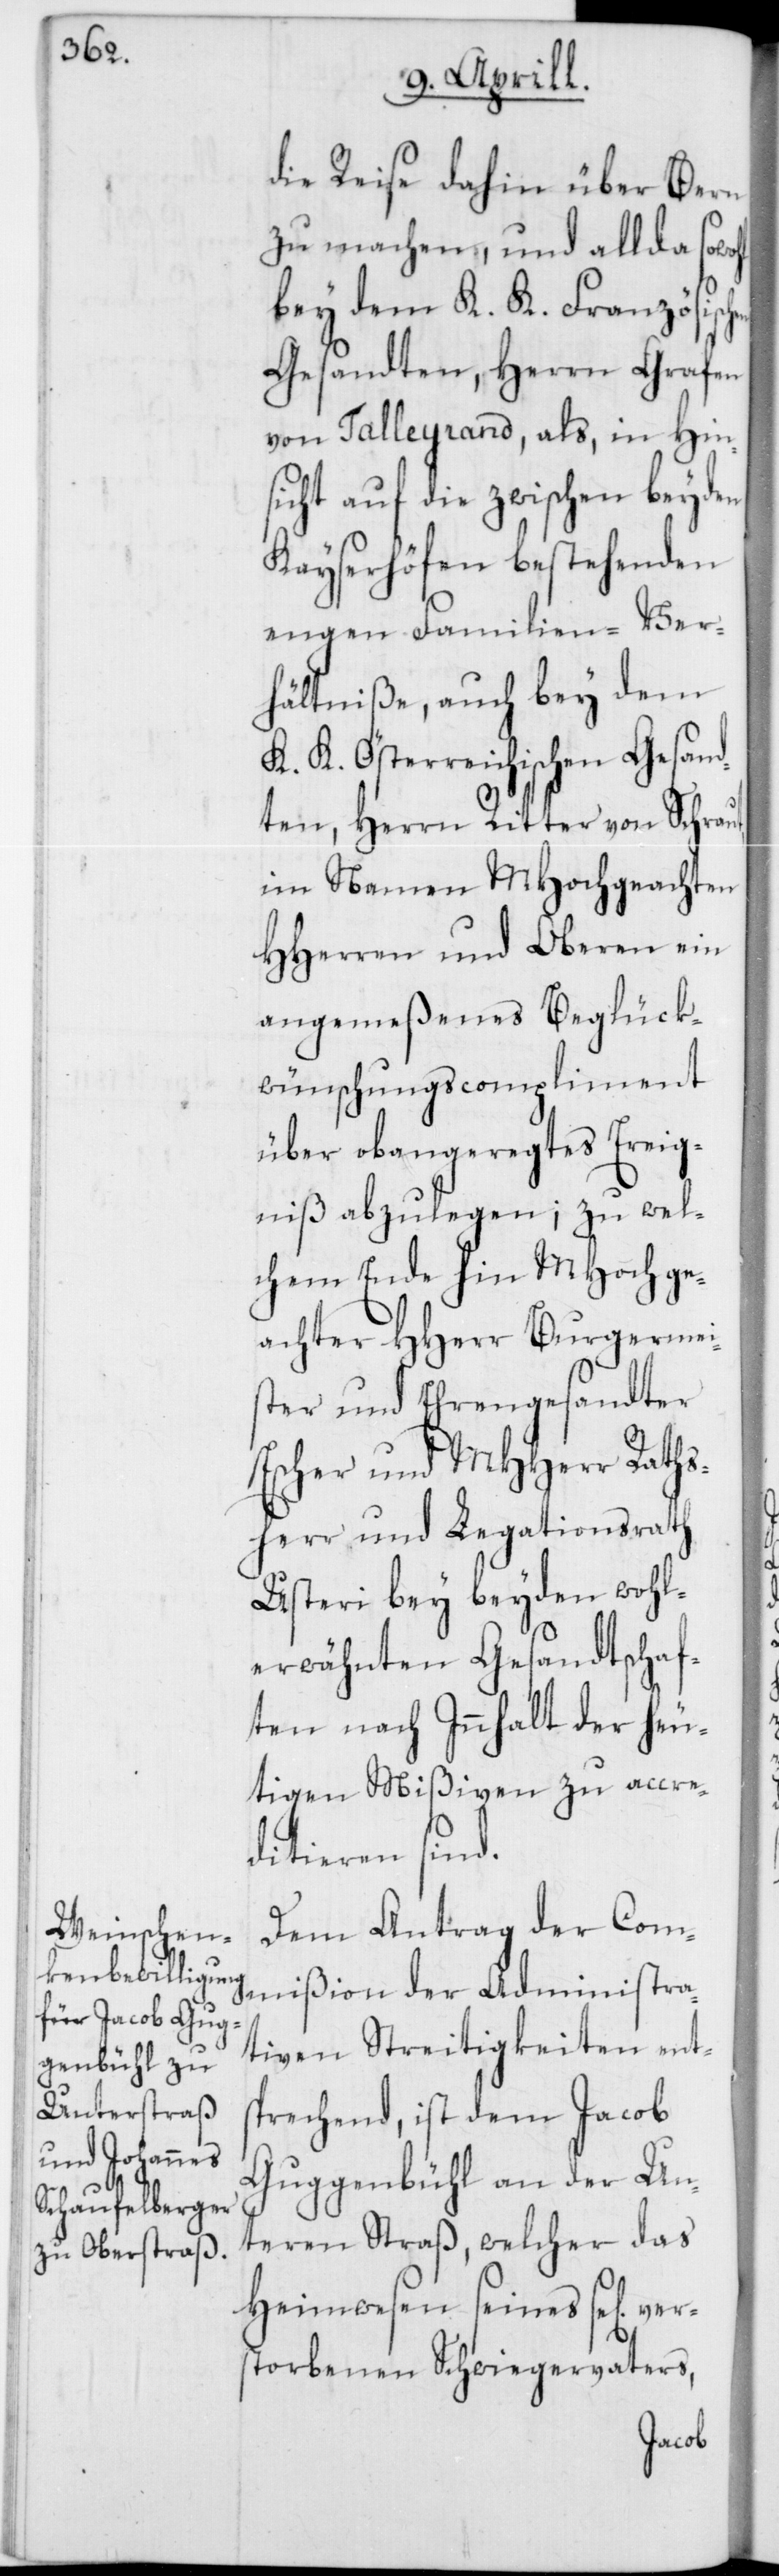
ver¬

die Reise dahin über Bern
zu machen, und allda
bey dem K. K. Französisc¬
Gesandten, Herren Grafen
von Talleyrand, als in Hins¬
icht auf die zwischen beyden
Kayserhöfen bestehenden
engen Familien-Ver¬
hältniße, auch bey dem
K. K. Österreichischen Gesand¬
ten, Herrn Ritter von Schraut,
im Namen MHochgeachten
HHerren und Oberen ein
angemeßenes Beglück¬
wünschungscompliment
über obangeregtes Ereig¬
niß abzulegen; zu wel¬
chem Ende hin MHochge¬
achten HHerr Burgermei¬
ster und Ehrengesandter
Escher und MHHerr Raths¬
herr und Legationsrath
Usteri bey beyden wohl¬
erwähnten Gesandtschaf¬
ten nach Innhalt der heu¬
tigen Mißiven zu accre¬
ditieren sind.
Dem Antrag der Com¬
mißion der Administra¬
tiven Streitigkeiten ents¬
prechend, ist dem Jacob
Guggenbühl an der Un¬
teren Straß, welcher das
Heimwesen seines se[lig]
storbenen Schwiegervaters,